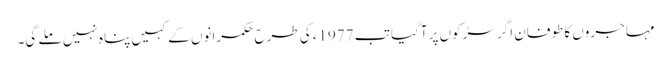
مہاجروں کا طوفان اگر سڑکوں پر آگیا تب 1977ء کی طرح حکمرانوں کے کہیں پناہ نہیں ملے گی۔